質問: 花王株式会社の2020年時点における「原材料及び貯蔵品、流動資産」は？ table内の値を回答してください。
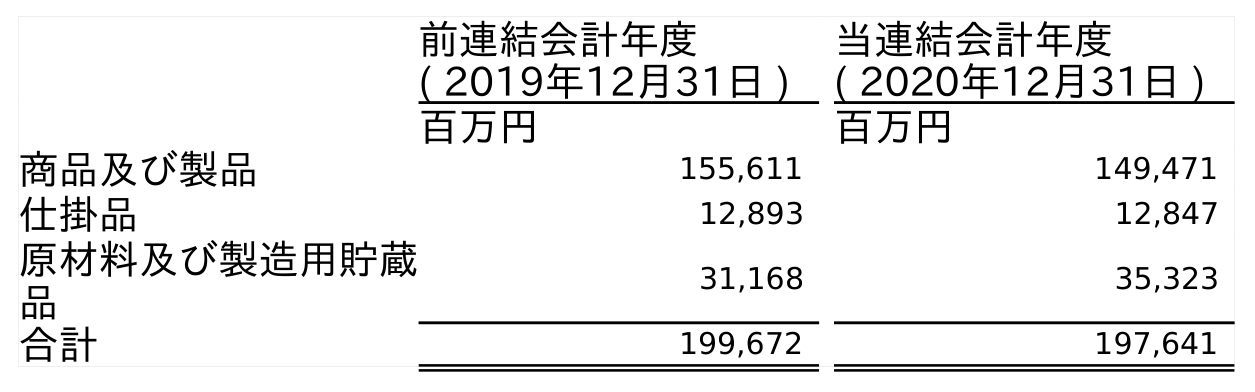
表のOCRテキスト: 前連結会計年度 ( 2019年12月31日 ) 当連結会計年度 ( 2020年12月31日 ) 百万円 百万円 商品及び製品 155,611 149,471 仕掛品 12,893 12,847 原材料及び製造用貯蔵 品 31,168 35,323 合計 199,672 197,641
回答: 35,323